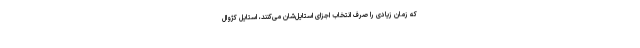
که زمان زیادی را صرف انتخاب اجزای استایل‌شان می‌کنند، استایل کژوال